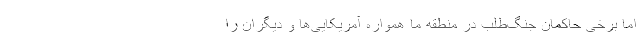
اما برخی حاکمان جنگ‌طلب در منطقه ما همواره آمریکایی‌ها و دیگران را